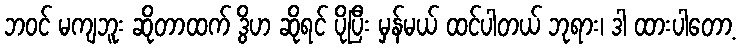
ဘဝင် မကျဘူး ဆိုတာထက် ဒွိဟ ဆိုရင် ပိုပြီး မှန်မယ် ထင်ပါတယ် ဘုရား၊ ဒါ ထားပါတော့